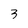
Character: 3